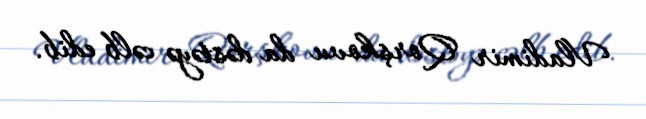
Vladimir Qorşkovu da dəstəyə cəlb edib.